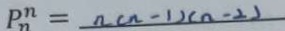
P _ { n } ^ { n } = n ( n - 1 ) ( n - 2 )